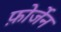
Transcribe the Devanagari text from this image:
फ़ोर्जेन